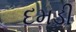
દમડી